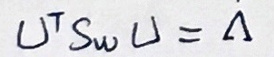
$U ^ { T } S _ { w } U = \Delta$